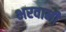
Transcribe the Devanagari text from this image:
भरवानी